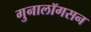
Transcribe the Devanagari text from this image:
गुनालॉगसन